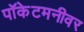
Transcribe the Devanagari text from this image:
पॉकेटमनीवर